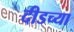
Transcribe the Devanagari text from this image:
दीडच्या